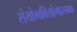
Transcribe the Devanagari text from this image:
संयोगवियोगात्मक